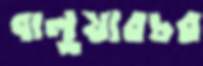
বালুয়ারচর